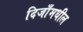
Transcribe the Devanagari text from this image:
दिजाँमधील